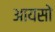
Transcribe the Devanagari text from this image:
आयसो